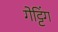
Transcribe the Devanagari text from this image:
गेट्टिंग